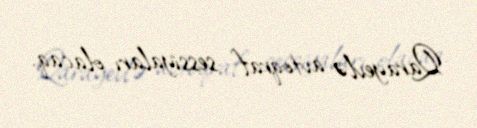
Qarayevlə avtoqraf sessiyaları olacaq.